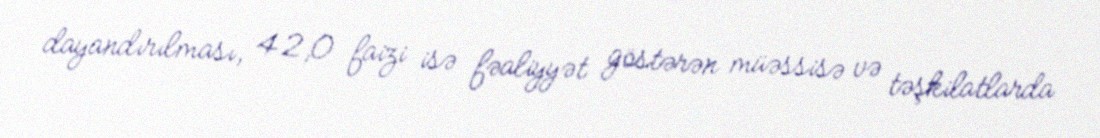
dayandırılması, 42,0 faizi isə fəaliyyət göstərən müəssisə və təşkilatlarda